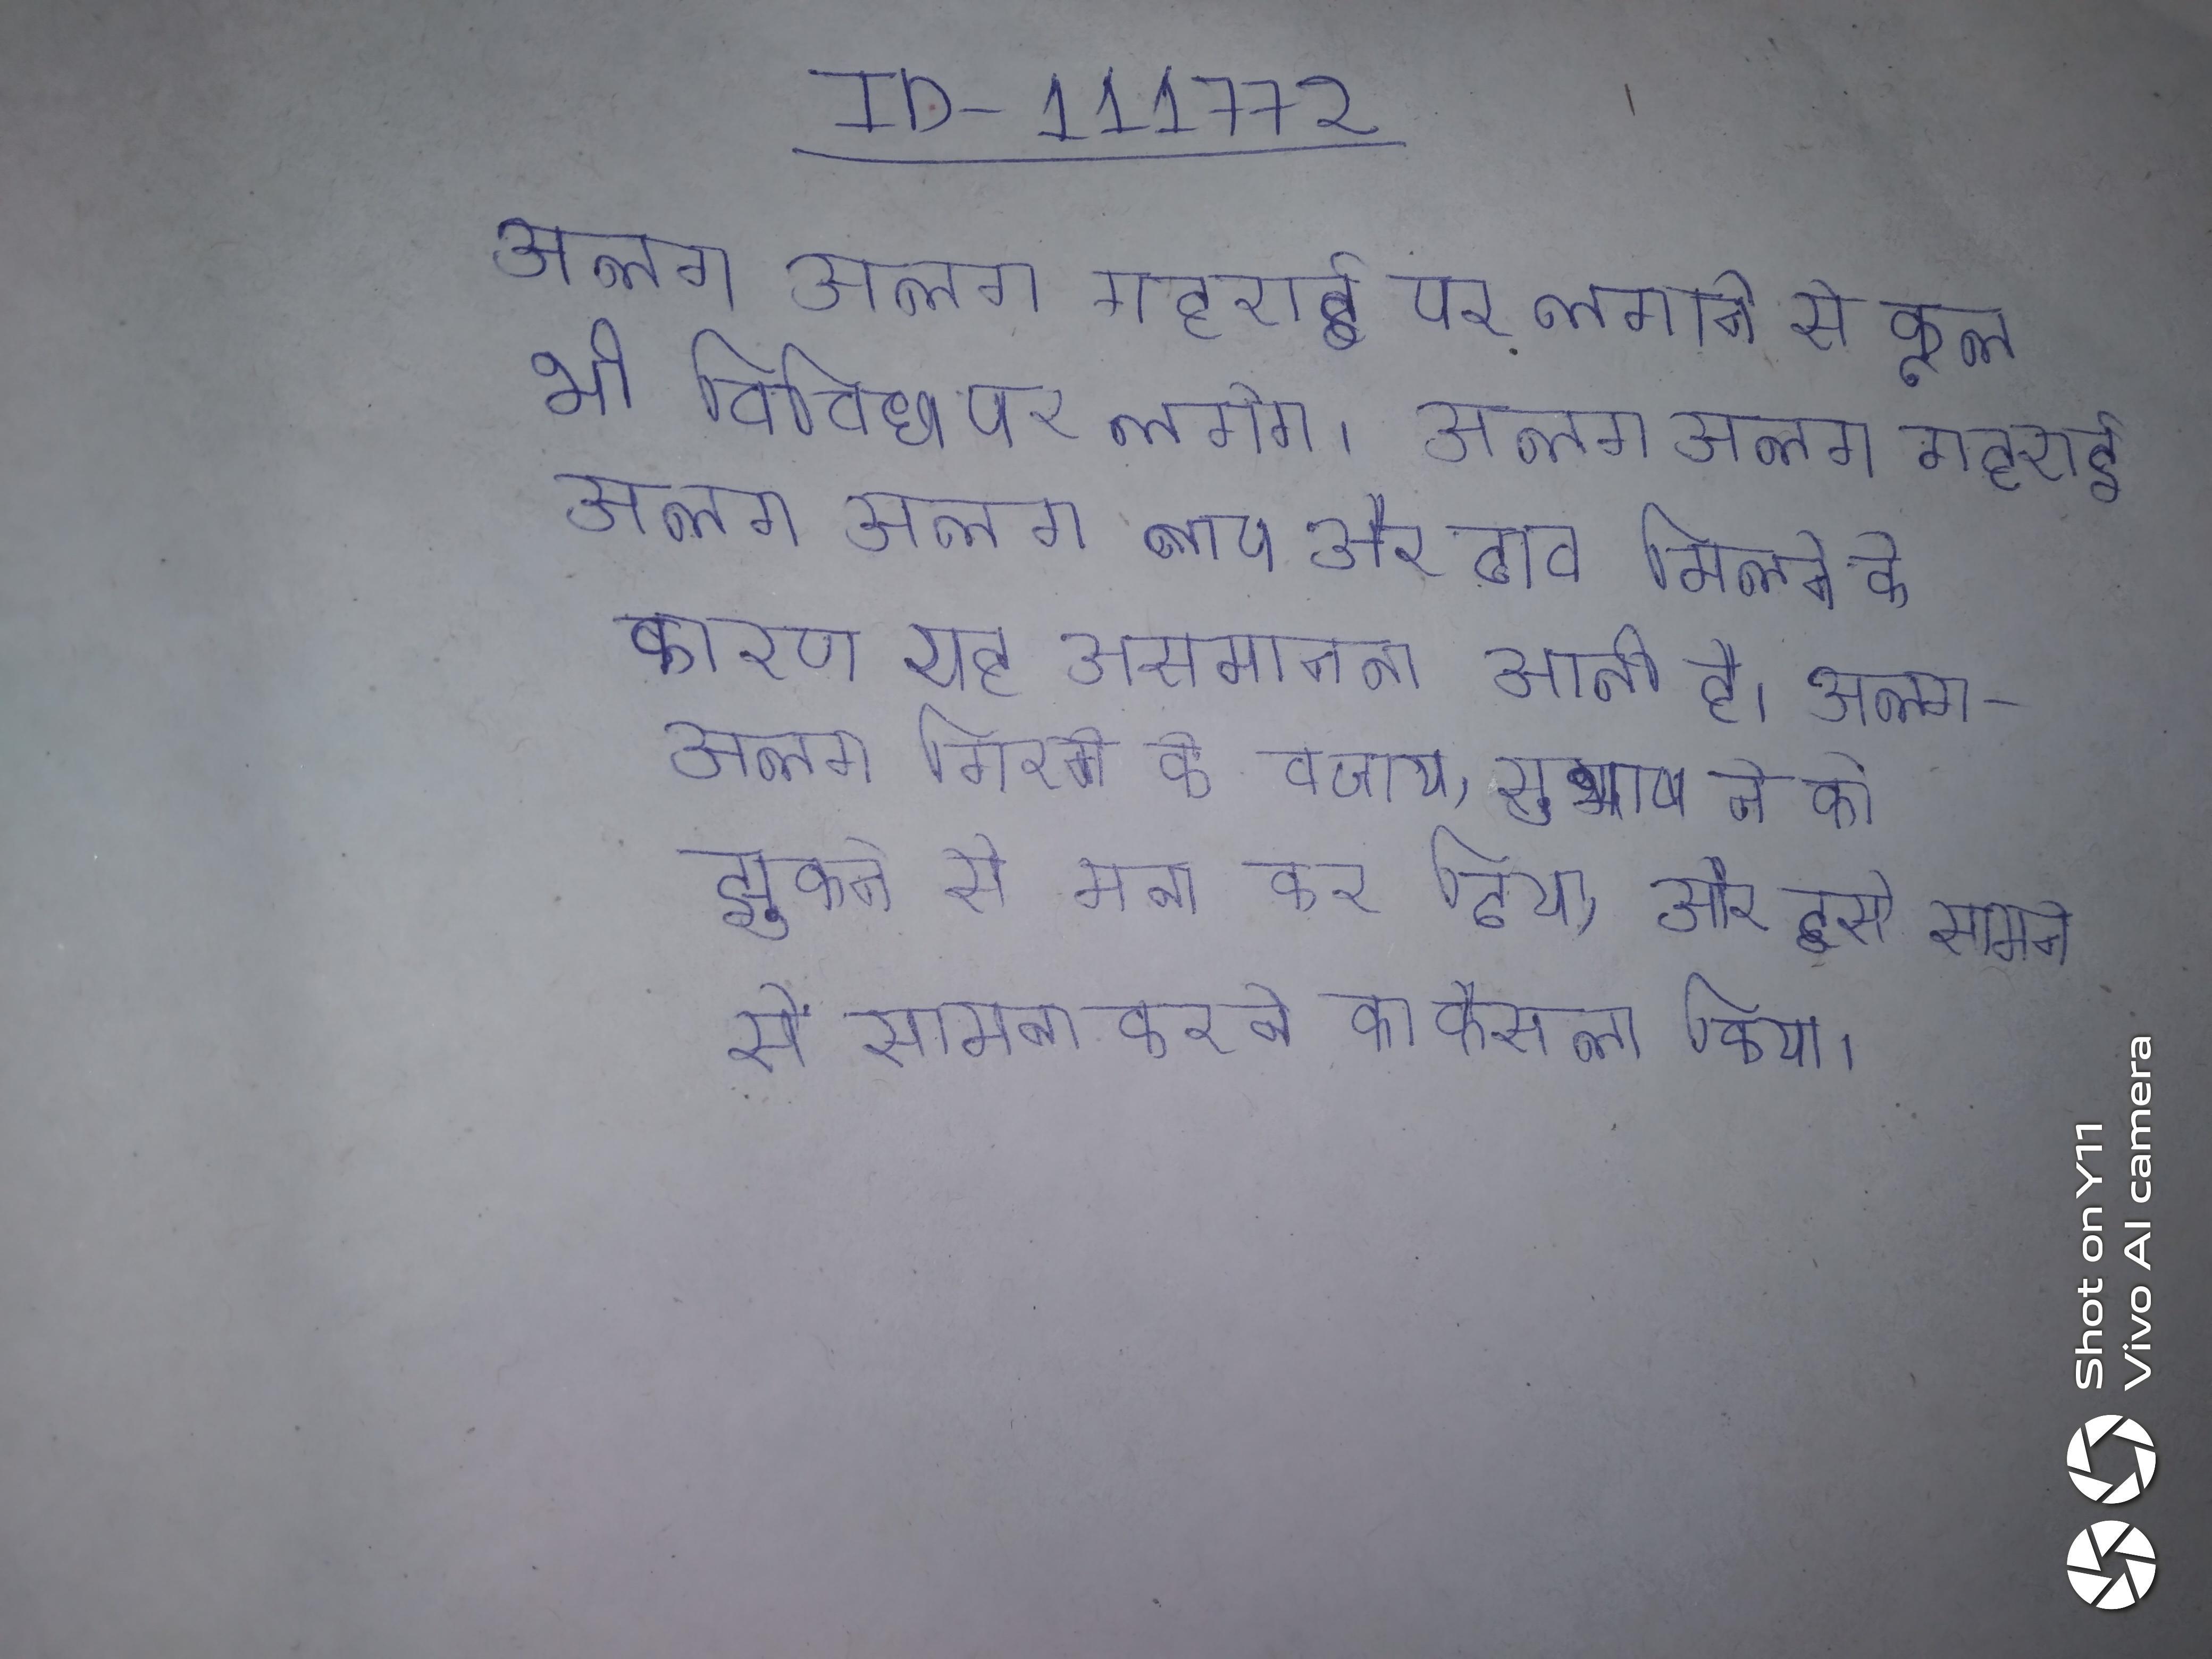
अलग अलग गहराई पर लगाने से फूल भी विविध पर लगेगे । अलग अलग गहराई अलग अलग ताप और दाब मिलने के कारण यह असमानता आती है । अलग-अलग गिरने के बजाय, सुभाष ने को झुकने से मना कर दिया, और इसे सामने से सामना करने का फैसला किया ।